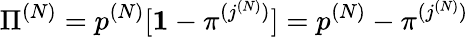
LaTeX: {\Pi}^{(N)}=p^{(N)}[{\mathbf 1}-{\pi}^{(j^{(N)})}]=p^{(N)}-{\pi}^{(j^{(N)})}